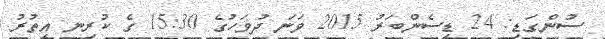
ސުންގަޑި: 24 ޑިސެންބަރު 2015 ވަނަ ދުވަހުގެ 15:30 ގެ ކުރިނ އިތުރު